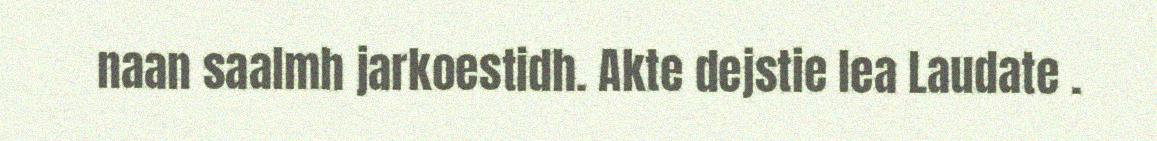
naan saalmh jarkoestidh. Akte dejstie lea Laudate .